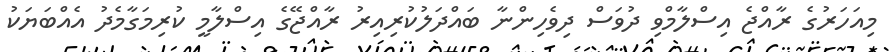
މިއަހަރުގެ ރާއްޖެ އިސްލާމްވި ދުވަސް ދިވެހިންނާ ބައްދަލުކުރިއިރު ރާއްޖޭގެ އިސްލާމީ ކުރިމަގާމެދު އެއްބަޔަކު